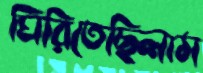
ঘিরিতেছিলাম